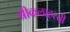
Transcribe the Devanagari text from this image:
श्रीकलाहस्ती